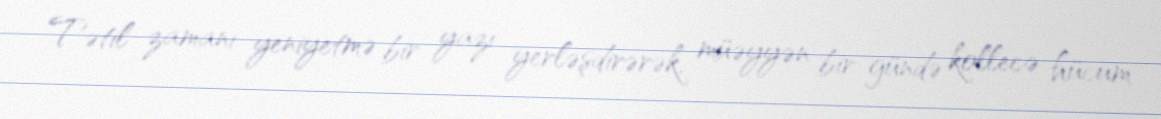
Tətil zamanı yeniyetmə bir yazı yerləşdirərək, müəyyən bir gündə kollecə hücum